Subject: physics
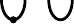
LaTeX code:
\begin{tikzpicture}[scale=0.5]
 \draw[line width=1.0] (0,0) arc(180:360:3mm and 5mm);
 \draw[line width=1.0] (1.2,0) arc(180:360:3mm and 5mm);
 \draw[black,fill] (0.3,-0.5) circle(0.5ex);
\end{tikzpicture}